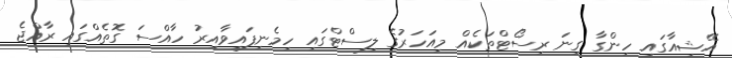
އޭޝިއާގައި ހިންގާ ގިނަ ރިސޯޓްތަކެއް މިއަހަރުގެ ލިސްޓްގައި ހިމެނިފައިވާއިރު ހާއްސަ ގޮތެއްގައި ރާއްޖެ